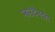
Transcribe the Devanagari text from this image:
माउंटेनटॉप